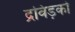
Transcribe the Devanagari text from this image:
द्रविड़को